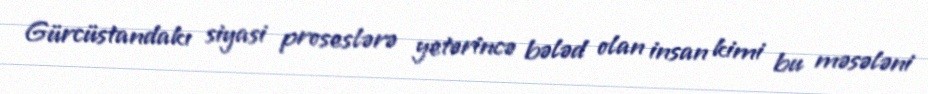
Gürcüstandakı siyasi proseslərə yetərincə bələd olan insan kimi bu məsələni